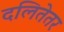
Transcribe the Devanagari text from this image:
दलितेतर